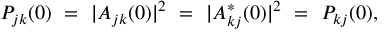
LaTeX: P _ { j k } ( 0 ) \ = \ | A _ { j k } ( 0 ) | ^ { 2 } \ = \ | A _ { k j } ^ { * } ( 0 ) | ^ { 2 } \ = \ P _ { k j } ( 0 ) ,